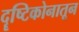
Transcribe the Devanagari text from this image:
दॄष्टिकोनातून